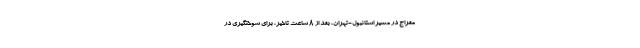
معراج در مسیر استانبول-تهران، بعد از ۸ ساعت تاخیر، برای سوختگیری در